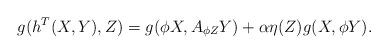
LaTeX: \begin{align*} g(h^T(X,Y),Z)=g(\phi X,A_{\phi Z}Y)+\alpha \eta(Z)g(X,\phi Y). \end{align*}